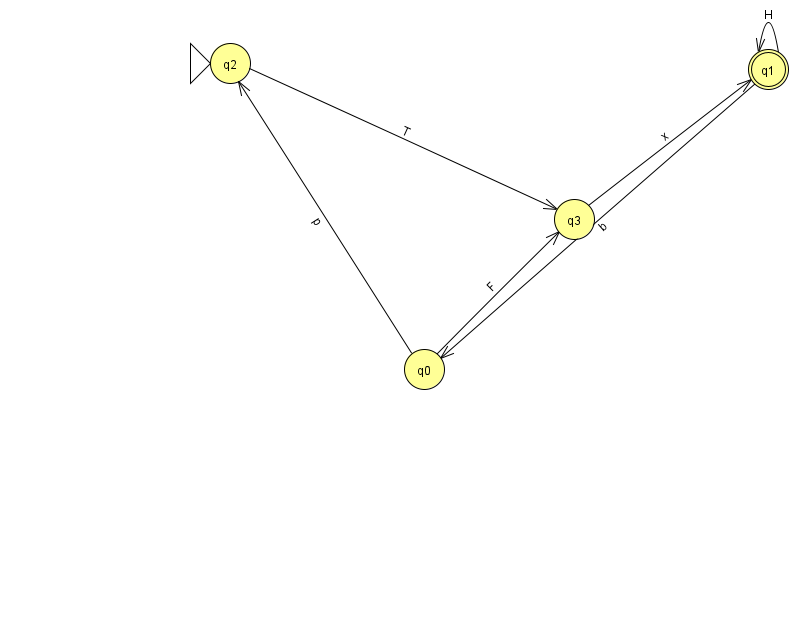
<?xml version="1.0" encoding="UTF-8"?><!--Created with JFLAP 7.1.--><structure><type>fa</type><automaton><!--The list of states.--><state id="0" name="q0"><x>424.0</x><y>356.0</y></state><state id="1" name="q1"><x>768.0</x><y>56.0</y><final/></state><state id="2" name="q2"><x>230.0</x><y>50.0</y><initial/></state><state id="3" name="q3"><x>574.0</x><y>206.0</y></state><!--The list of transitions.--><transition><from>1</from><to>0</to><read>b</read></transition><transition><from>3</from><to>1</to><read>x</read></transition><transition><from>0</from><to>2</to><read>p</read></transition><transition><from>1</from><to>1</to><read>H</read></transition><transition><from>2</from><to>3</to><read>T</read></transition><transition><from>0</from><to>3</to><read>F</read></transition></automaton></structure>